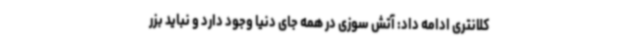
کلانتری ادامه داد: آتش سوزی در همه جای دنیا وجود دارد و نباید بزر